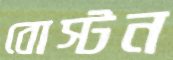
বোস্টন